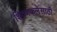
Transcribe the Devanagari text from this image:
शिवणकलेसाठी